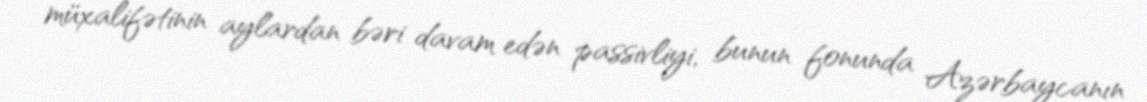
müxalifətinin aylardan bəri davam edən passivliyi, bunun fonunda Azərbaycanın